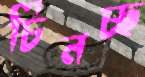
চিনচ্ছ